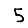
Digit: 5